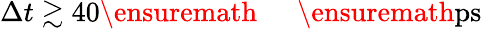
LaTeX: \Delta t\gtrsim 40\ensuremath{\mathrm{~\textrm~{~\, ~}~}}\ensuremath{\mathrm{ps}}